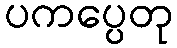
ပကပ္ပေတု